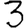
Digit: 3